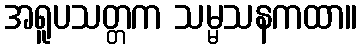
အရူပသတ္တက သမ္မသနကထာ။